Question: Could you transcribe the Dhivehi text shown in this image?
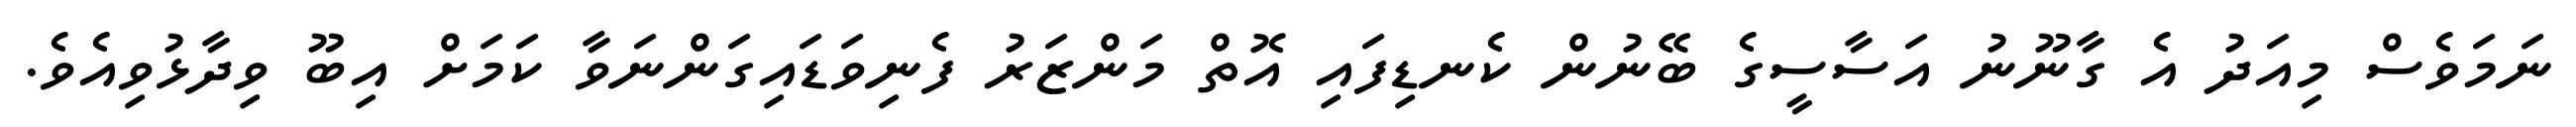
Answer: ނަމަވެސް މިއަދު އެ ގާނޫނު އަސާސީގެ ބޭނުން ކެނޑިފައި އޮތް މަންޒަރު ފެނިވަޑައިގަންނަވާ ކަމަށް އިބޫ ވިދާޅުވިއެވެ.